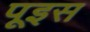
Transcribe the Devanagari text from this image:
पूइस